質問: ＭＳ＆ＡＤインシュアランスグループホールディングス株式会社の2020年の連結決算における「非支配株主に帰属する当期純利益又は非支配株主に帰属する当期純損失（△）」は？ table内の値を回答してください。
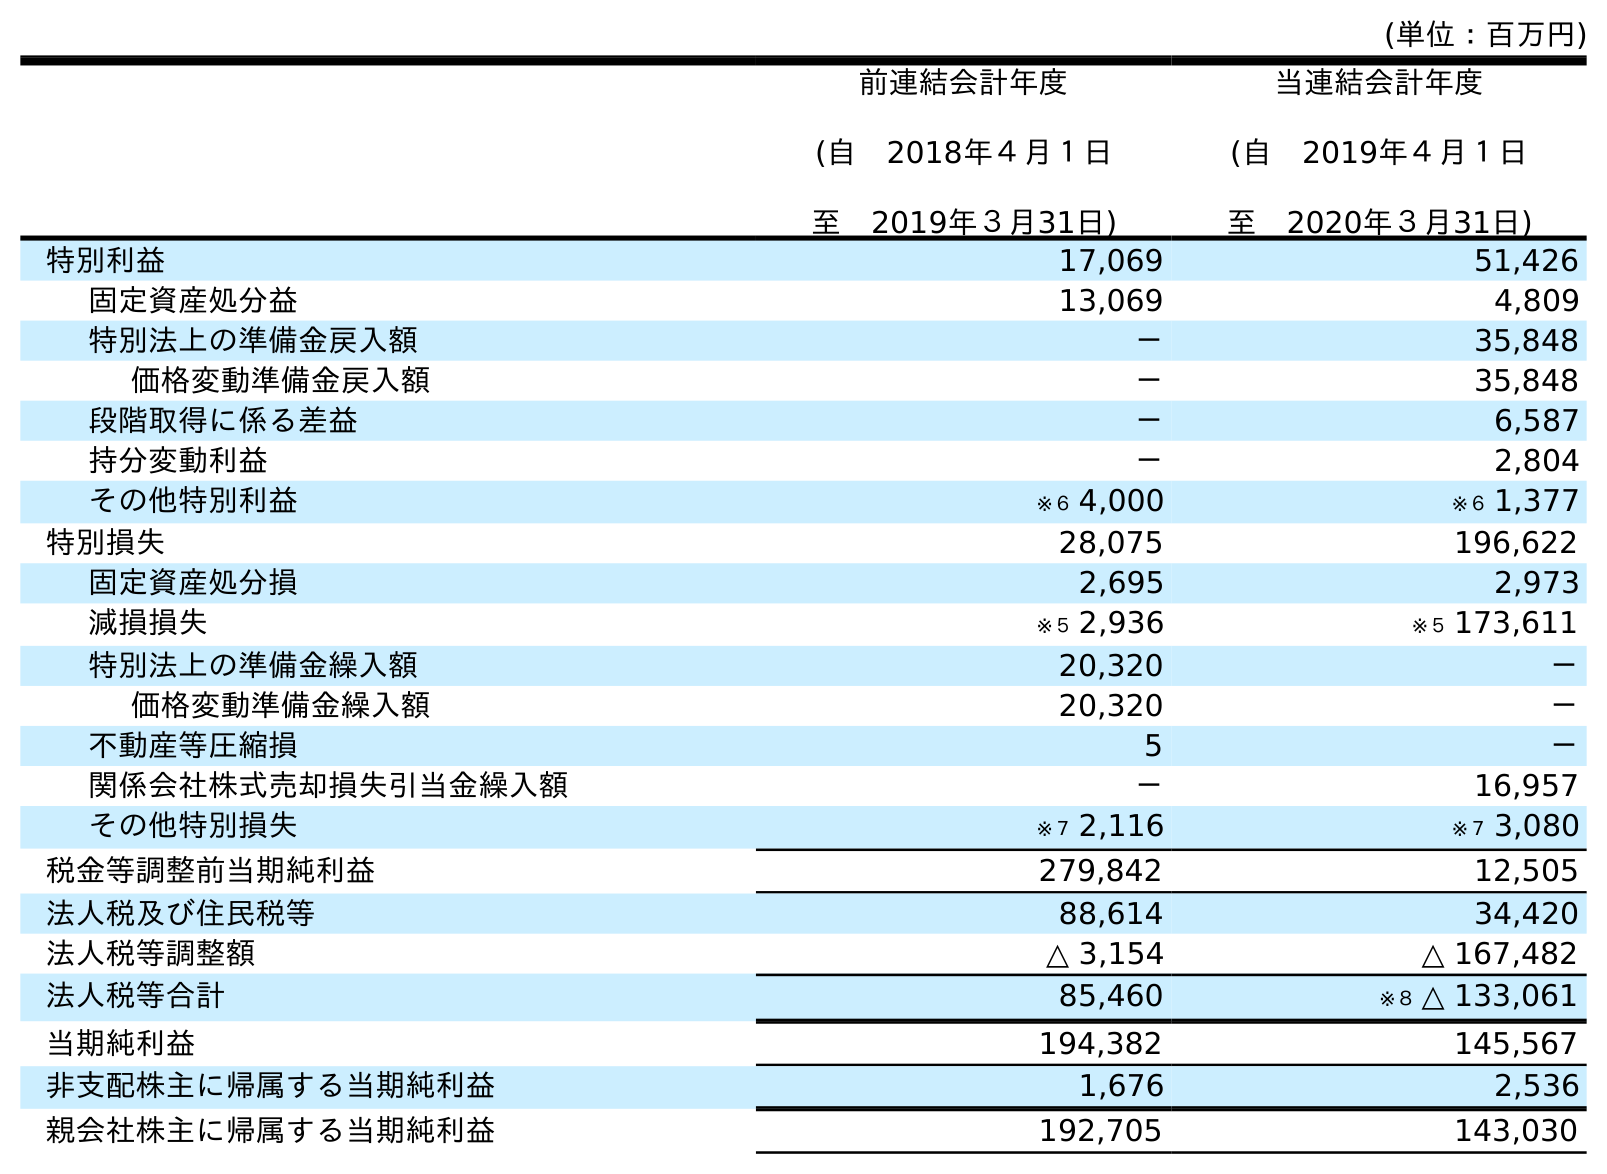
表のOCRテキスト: (単位：百万円) 前連結会計年度 (自 2018年４月１日 至 2019年３月31日) 当連結会計年度 (自 2019年４月１日 至 2020年３月31日) 特別利益 17,069 51,426 固定資産処分益 13,069 4,809 特別法上の準備金戻入額 － 35,848 価格変動準備金戻入額 － 35,848 段階取得に係る差益 － 6,587 持分変動利益 － 2,804 その他特別利益 ※６ 4,000 ※６ 1,377 特別損失 28,075 196,622 固定資産処分損 2,695 2,973 減損損失 ※５ 2,936 ※５ 173,611 特別法上の準備金繰入額 20,320 － 価格変動準備金繰入額 20,320 － 不動産等圧縮損 5 － 関係会社株式売却損失引当金繰入額 － 16,957 その他特別損失 ※７ 2,116 ※７ 3,080 税金等調整前当期純利益 279,842 12,505 法人税及び住民税等 88,614 34,420 法人税等調整額 △ 3,154 △ 167,482 法人税等合計 85,460 ※８ △ 133,061 当期純利益 194,382 145,567 非支配株主に帰属する当期純利益 1,676 2,536 親会社株主に帰属する当期純利益 192,705 143,030
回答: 2,536